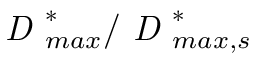
\textit { D } _ { m a x } ^ { * } / \textit { D } _ { m a x , s } ^ { * }